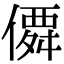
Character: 僲